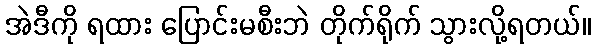
အဲဒီကို ရထား ပြောင်းမစီးဘဲ တိုက်ရိုက် သွားလို့ရတယ်။